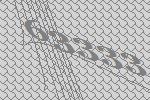
63333